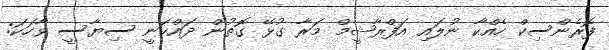
ފޮރެންސިކް ހެއްކާ ނުލައި އަފްރާޝީމް މަރާ ގުޅޭ ގޮތުން ދައްކަނީ ސިޔާސީ ވާހަކަ: